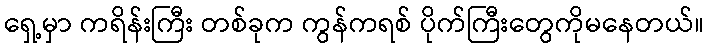
ရှေ့မှာ ကရိန်းကြီး တစ်ခုက ကွန်ကရစ် ပိုက်ကြီးတွေကိုမနေတယ်။